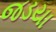
જડયા